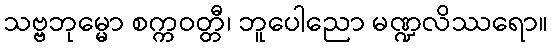
သဗ္ဗဘုမ္မော စက္ကဝတ္တီ၊ ဘူပေါညော မဏ္ဍလိဿရော။